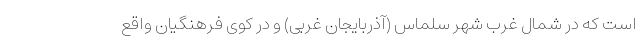
است که در شمال غرب شهر سلماس (آذربایجان غربی) و در کوی فرهنگیان واقع